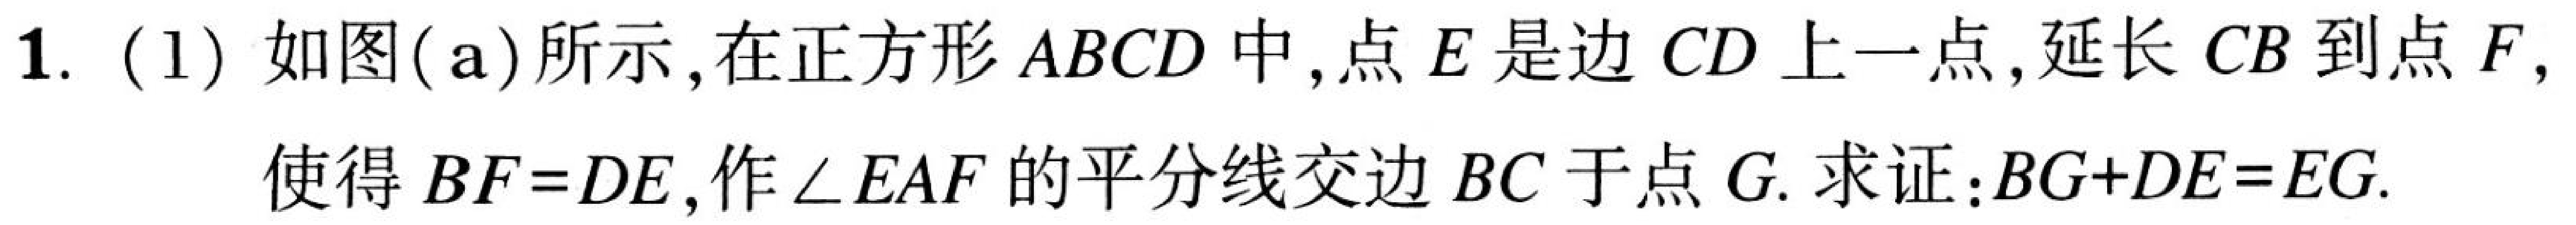
1. (1) 如图(a)所示, 在正方形\(ABCD\)中, 点\(E\)是边\(CD\)上一点, 延长\(CB\)到点\(F,\)
使得\(BF = DE\), 作\(\angle EAF\)的平分线交边\(BC\)于点\(G\). 求证:\(BG + DE = EG\).